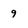
Character: 9